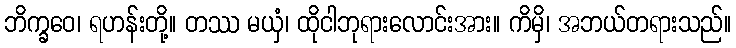
ဘိက္ခဝေ၊ ရဟန်းတို့။ တဿ မယှံ၊ ထိုငါဘုရားလောင်းအား။ ကိမှိ၊ အဘယ်တရားသည်။